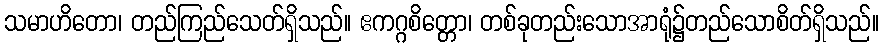
သမာဟိတော၊ တည်ကြည်သေတ်ရှိသည်။ ဧကဂ္ဂစိတ္တော၊ တစ်ခုတည်းသောအာရုံ၌တည်သောစိတ်ရှိသည်။